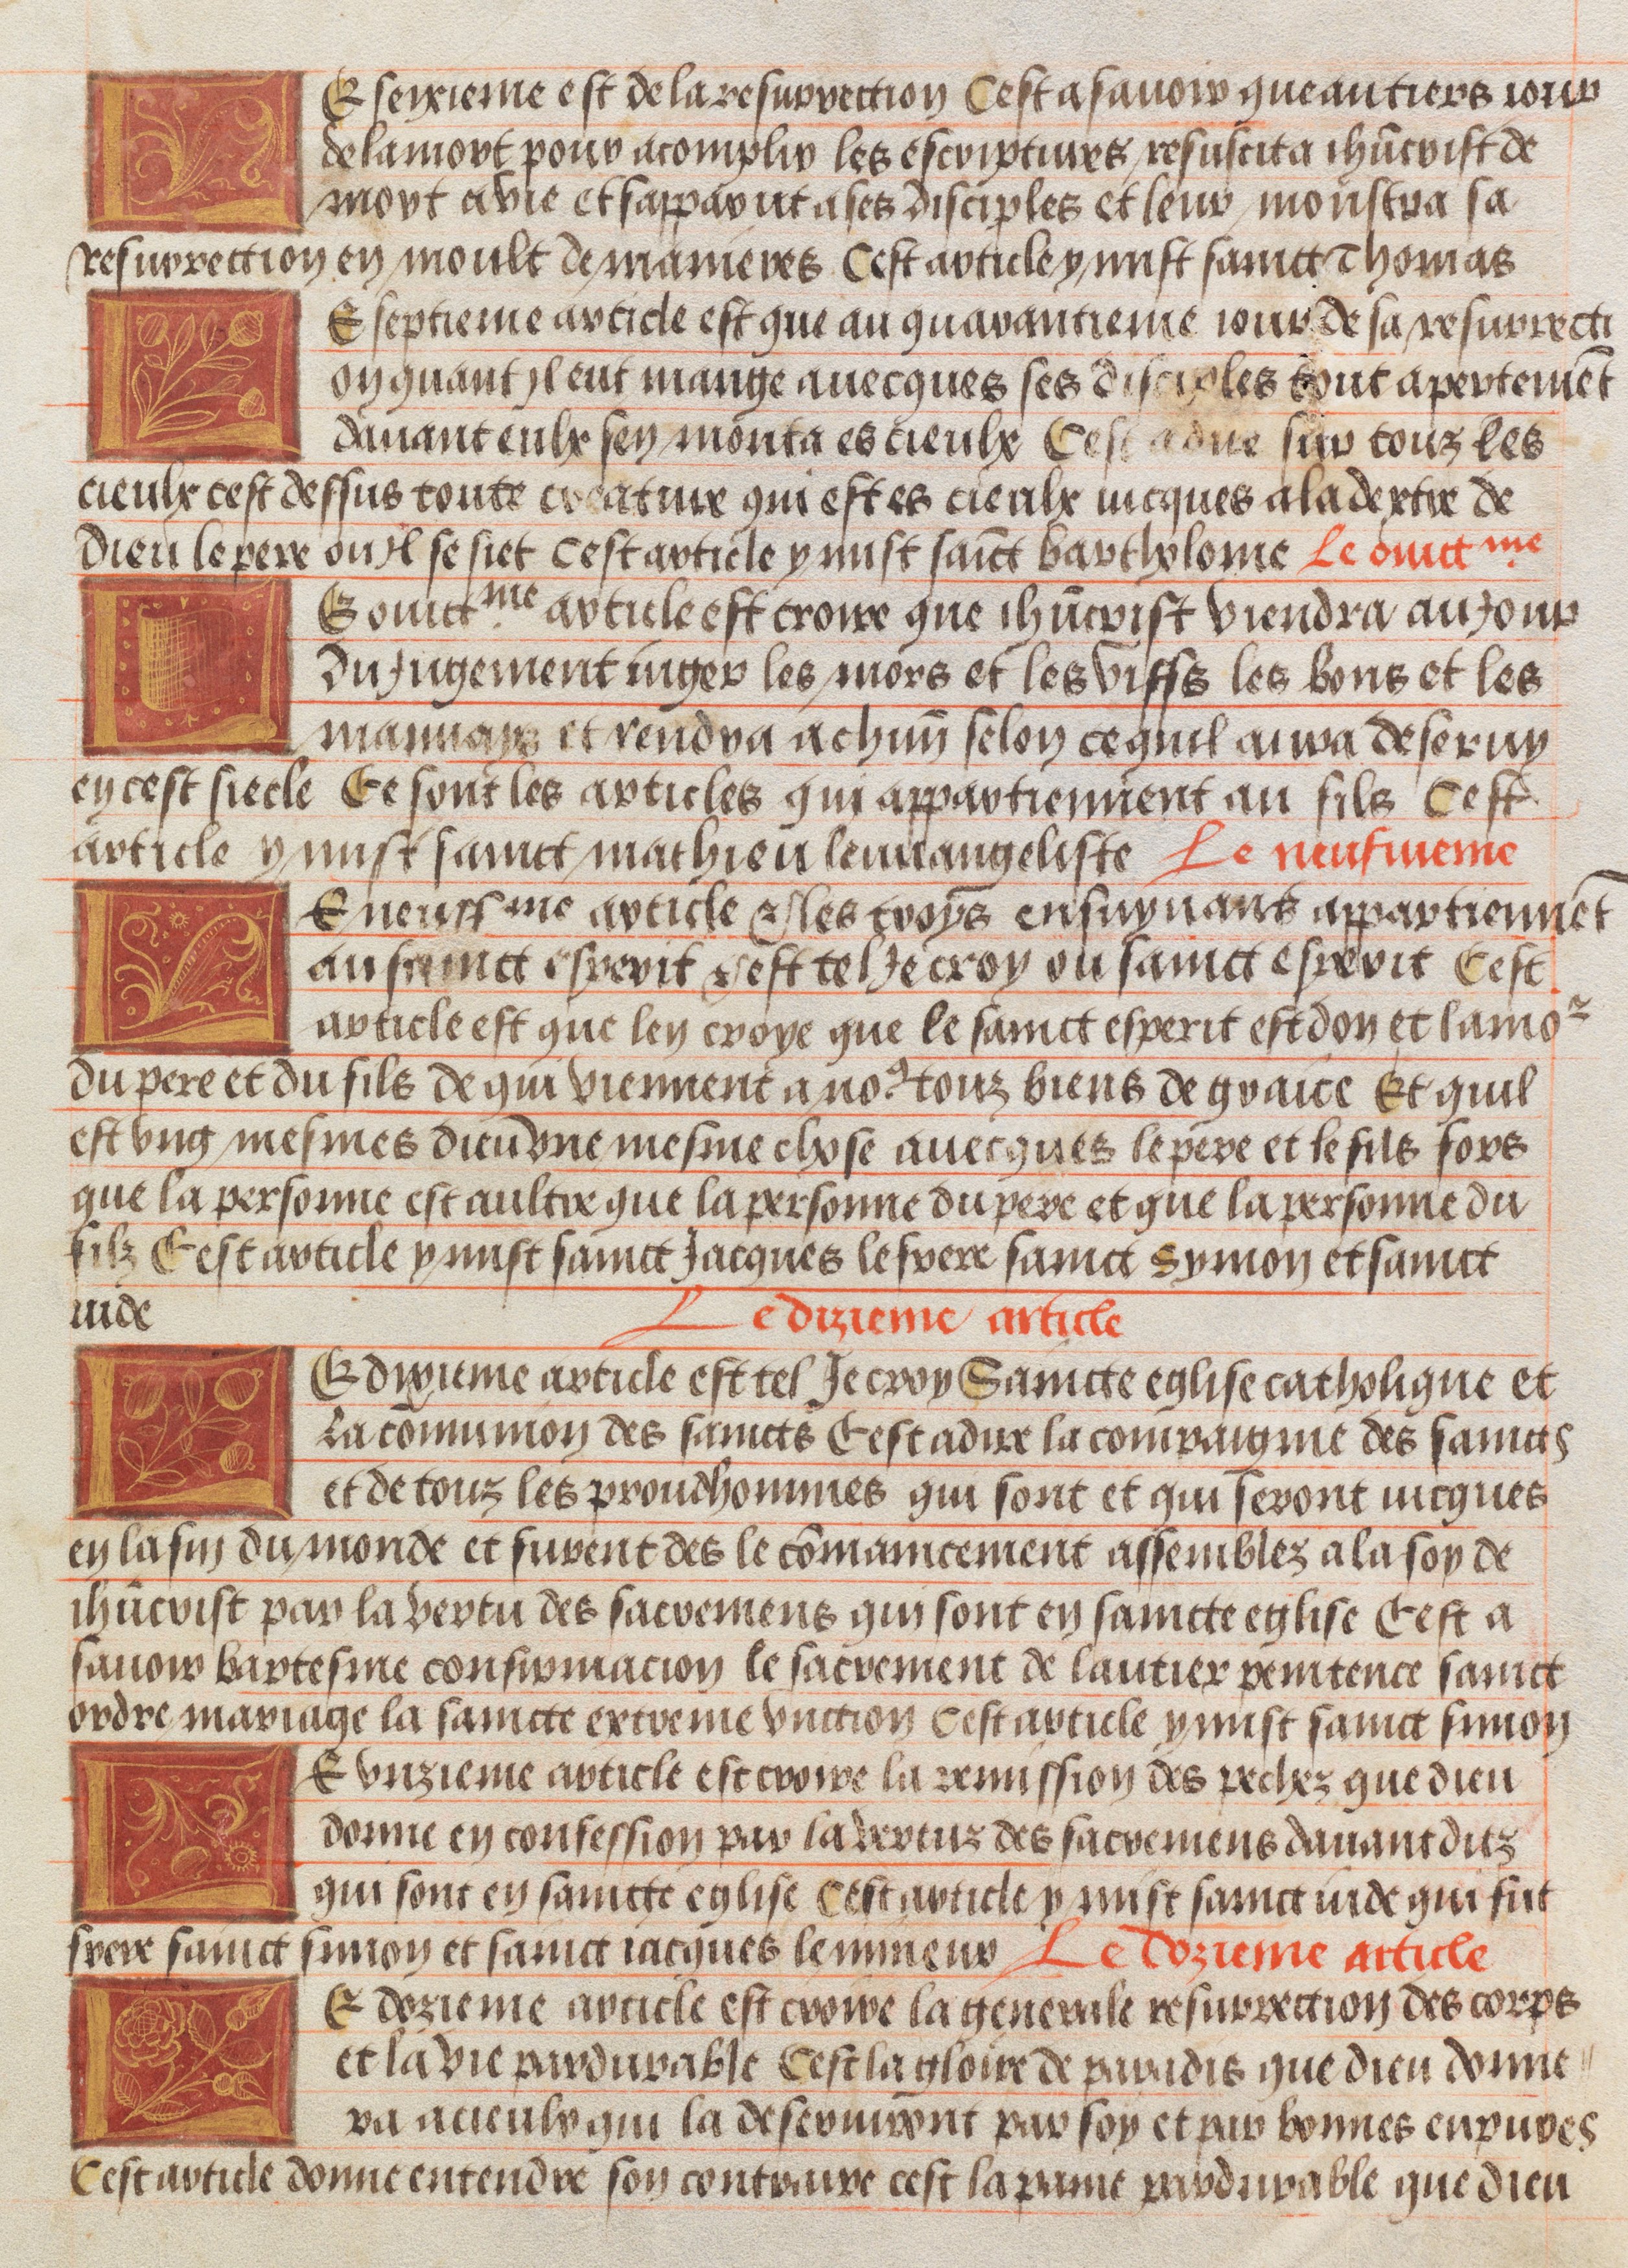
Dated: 1450–1475